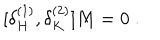
[ \delta _ { H } ^ { ( 1 ) } , \delta _ { K } ^ { ( 2 ) } ] M = 0 \; .